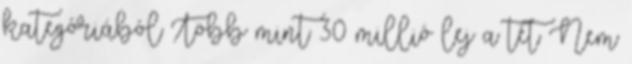
kategóriából Több mint 30 millió lej a tét Nem